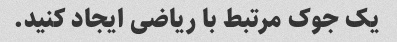
یک جوک مرتبط با ریاضی ایجاد کنید.